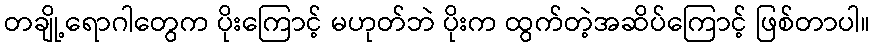
တချို့ရောဂါတွေက ပိုးကြောင့် မဟုတ်ဘဲ ပိုးက ထွက်တဲ့အဆိပ်ကြောင့် ဖြစ်တာပါ။